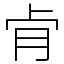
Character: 肻